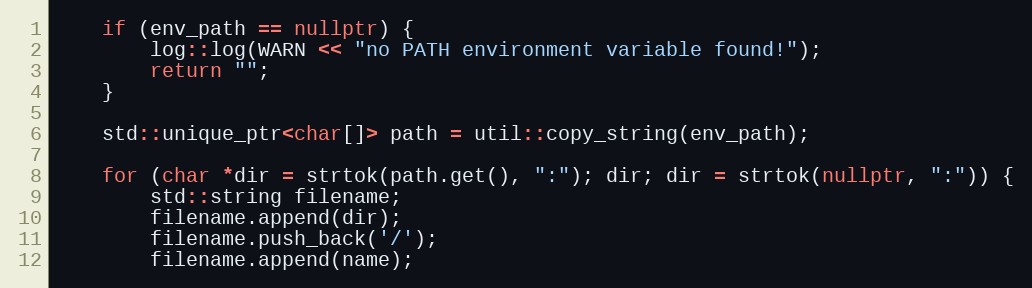
Language: C++
	if (env_path == nullptr) {
		log::log(WARN << "no PATH environment variable found!");
		return "";
	}

	std::unique_ptr<char[]> path = util::copy_string(env_path);

	for (char *dir = strtok(path.get(), ":"); dir; dir = strtok(nullptr, ":")) {
		std::string filename;
		filename.append(dir);
		filename.push_back('/');
		filename.append(name);